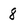
Character: 8